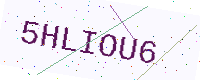
Text: 5HLIOU6